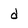
Character: d